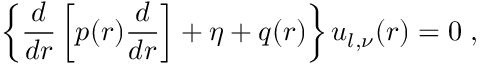
\left\{ \frac { d } { d r } \left[ p ( r ) \frac { d } { d r } \right] + \eta + q ( r ) \right\} u _ { l , \nu } ( r ) = 0 \; ,